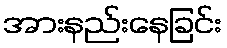
အားနည်းနေခြင်း